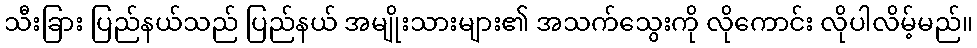
သီးခြား ပြည်နယ်သည် ပြည်နယ် အမျိုးသားများ၏ အသက်သွေးကို လိုကောင်း လိုပါလိမ့်မည်။